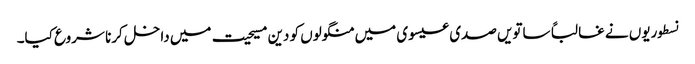
نسطوریوں نے غالباً ساتویں صدی عیسوی میں منگولوں کو دین مسیحیت میں داخل کرنا شروع کیا۔